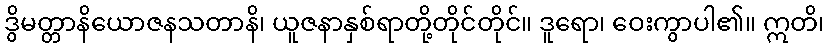
ဒွိမတ္တာနိယောဇနသတာနိ၊ ယူဇနာနှစ်ရာတို့တိုင်တိုင်။ ဒူရော၊ ဝေးကွာပါ၏။ ဣတိ၊